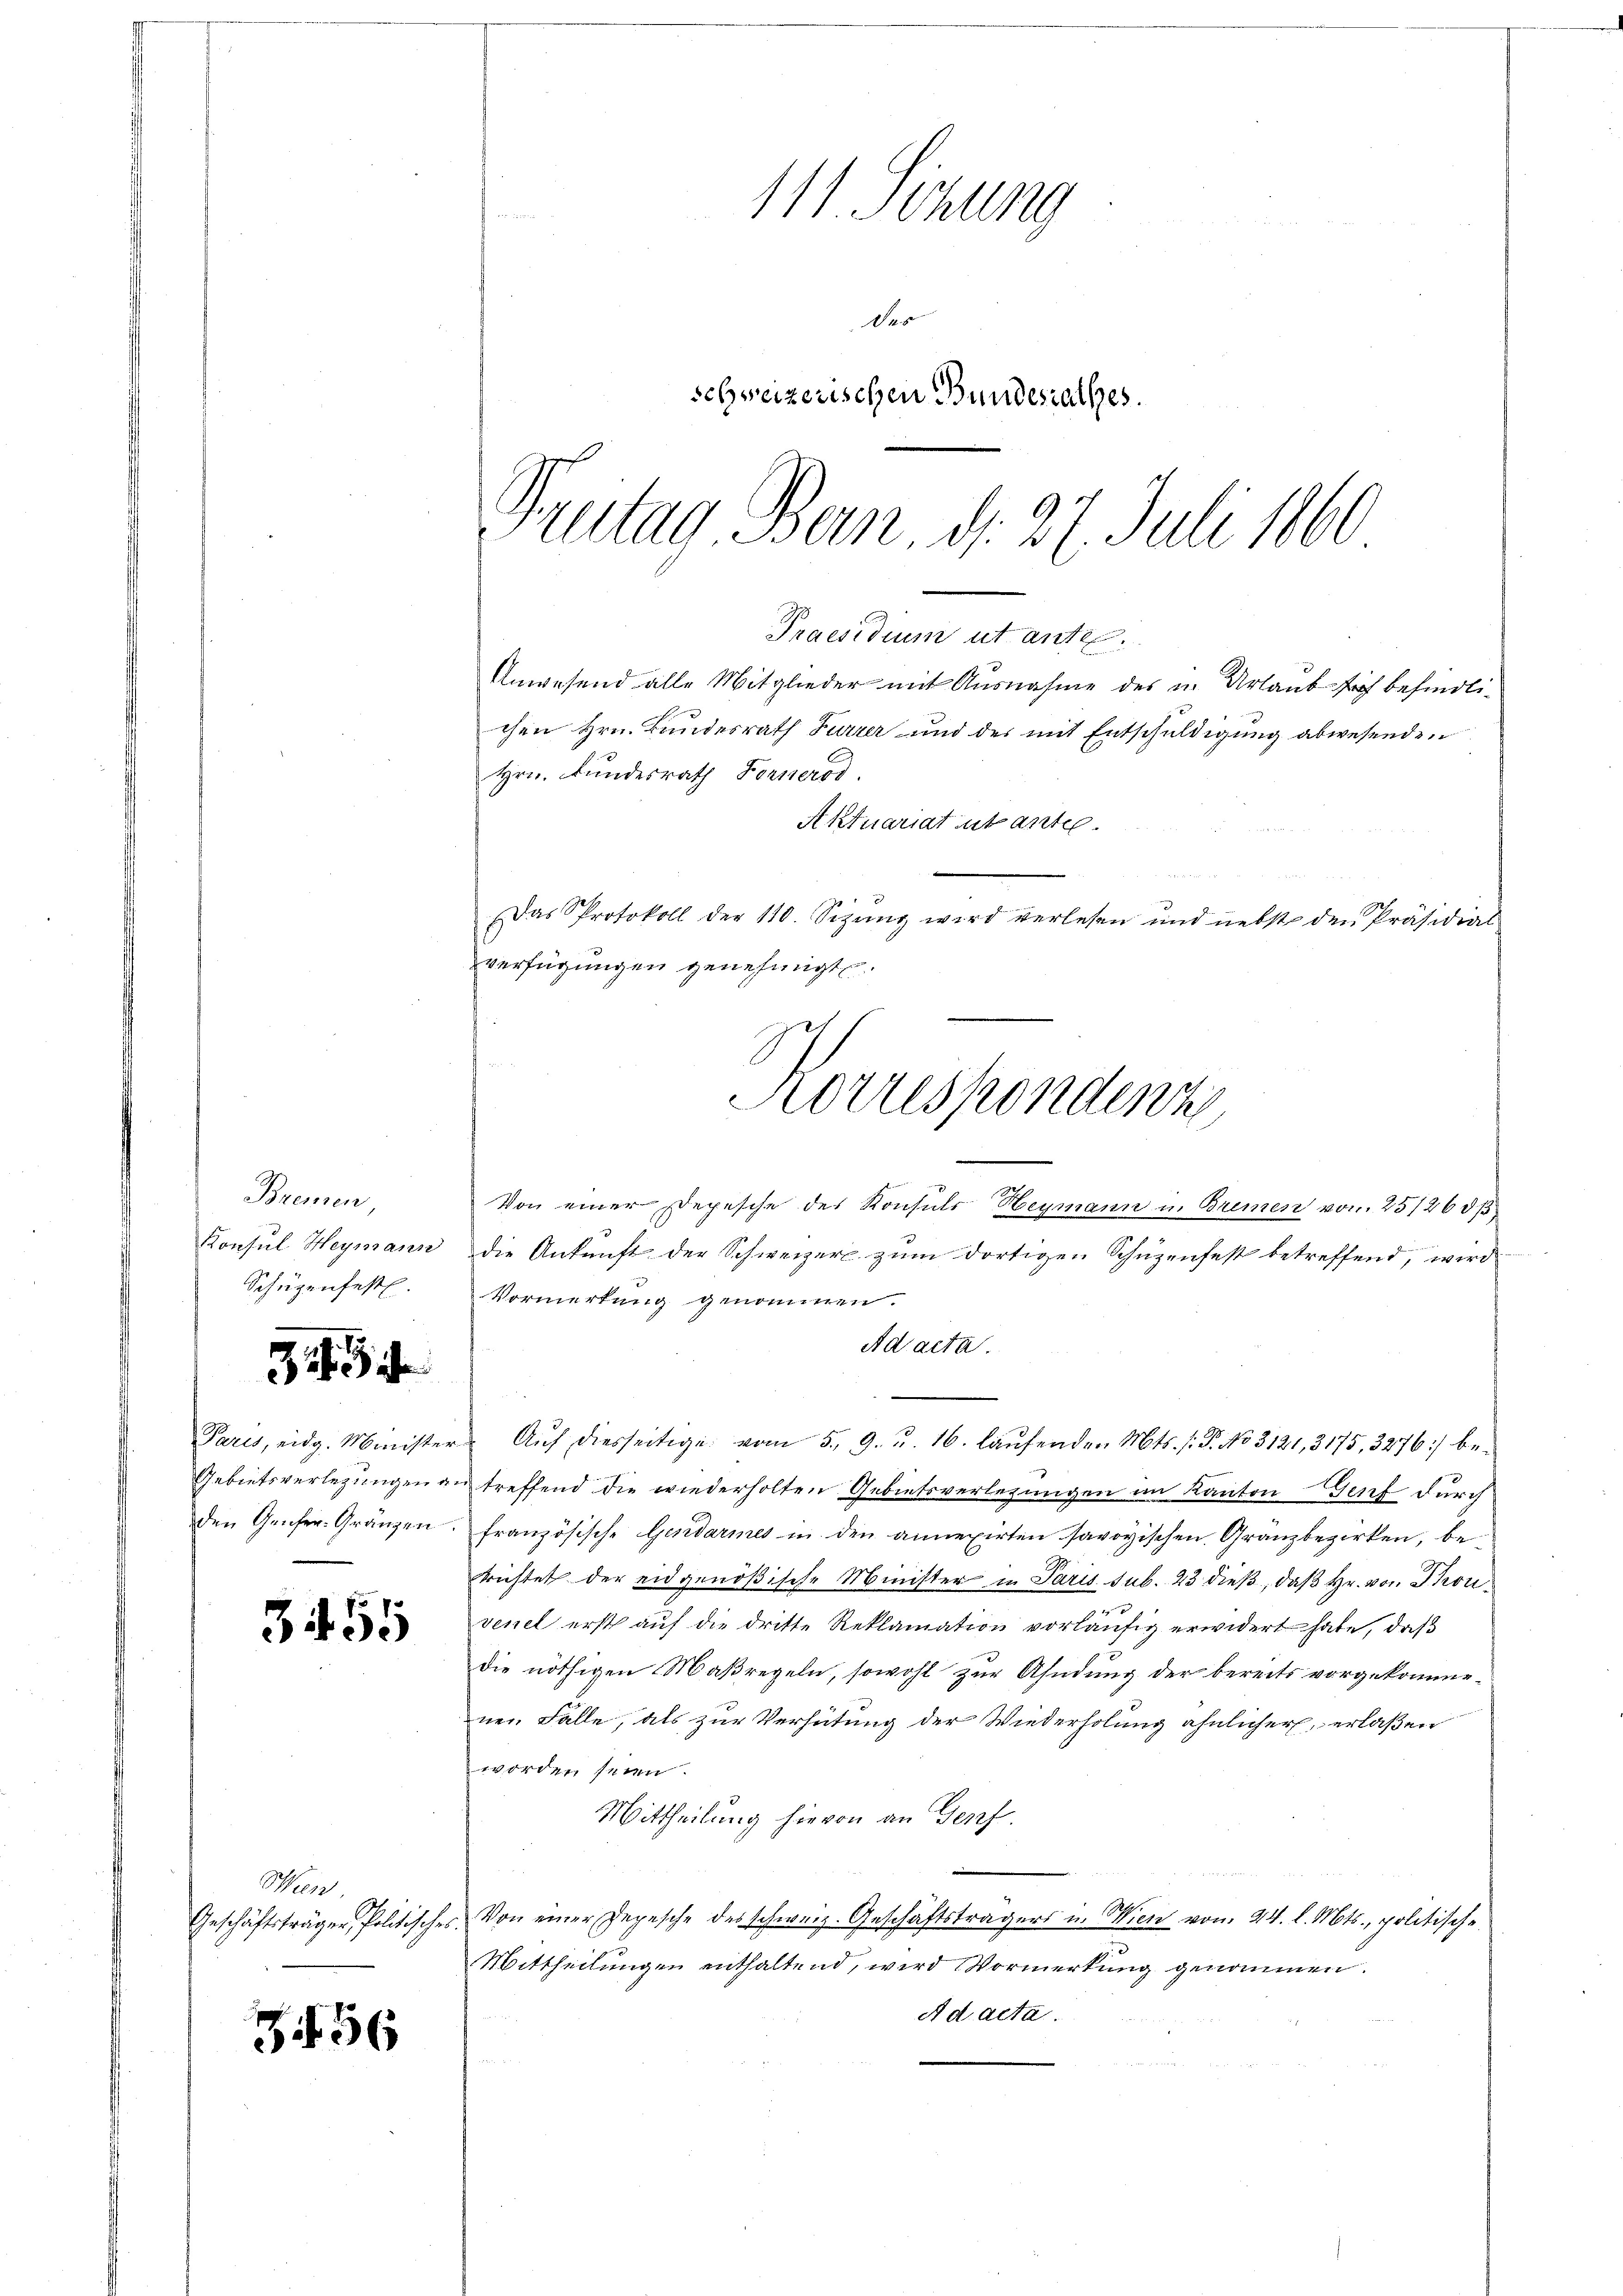
Bremen
Konsul Heymann
Schüzenfest.

3

Paris, eidg. Minister
Gebietsverlegungen g
den Geiser Gränzen

3455

Wien
Geschäftsträger Politischen

3456

111 Sitzung
Des
schweizerischen Bundesrathes.
Preitag Bern, d. 27. Juli 1860

Praesidium ut ante.
Anwesend alle Mitglieder mit Ausnahme des in Urlaub sich befindlichen Hrn. Bundesrath Furrer und des mit Entschuldigung abwesenden
Hrn. Fundesrath Fernerod.
Aktuariat utantel.
Das Protokoll der 110. Sizŭng wird verlesen und nebst den Präsidial
verfügungen genehmigt.

e
Von einer Depesche des Konsuls Heymann in Bremen von 25/26 § 15
die Ankunft der Schweizer zum dortigen Schüzenfest betreffend, wird
Vormerkung genommen.
Ad acta.
Auf diesseitige vom 5. 9. u. 16. laufenden Mts. f. P. No 3121, 3175, 3276: betreffend die wiederholten Gebietsverlegungen am Kanton Genf durch
französische Gendarmes in den annexirten savoyischen Granzbezirken, berrichtet der eidgenößische Minister in Paris sub. 23 dieß, daß Hr. von Thon
 x
venel erst auf die dritte Reklamation vorläufig erwidert habe, daß
die nöthigen Maßregeln, sowohl zur Ahndung der bereits vorgekommenen Falle, als zur Verhütung der Wiederholung ähnlicher, erlaßen
worden seien.
Mittheilung hievon an Genf.
Von einer Depesche des schweiz. Geschäftsträgers in Wien von 24. l. Mts., politische
ic
Mittheilungen enthaltend, wird Vormerkung genommen.
Ad acta.

Korrespondenz